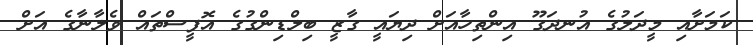
ކަމަށާއި މީދަލުގެ އުނދަގޫ އިންތިހާއަށް ދިޔައީ ގާޒީ ބިލްޑިންގުގެ އޮފީސްތައް ވެލާނާގެ އަށް